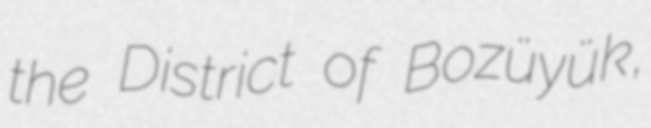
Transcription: the District of Bozüyük,